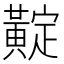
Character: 𪏉